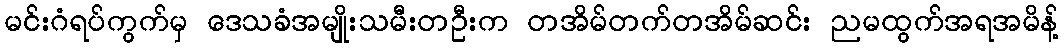
မင်းဂံရပ်ကွက်မှ ဒေသခံအမျိုးသမီးတဦးက တအိမ်တက်တအိမ်ဆင်း ညမထွက်အရအမိန့်